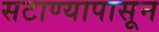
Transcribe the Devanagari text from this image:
सटाण्यापासून